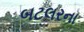
બટલરના